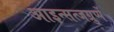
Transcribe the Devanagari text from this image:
आइन्सत्जग्रुप्पें